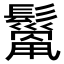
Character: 𩯓